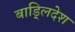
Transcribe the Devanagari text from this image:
बाड़्लिदेश